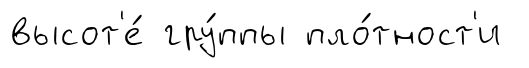
высот'е́ гру́ппы пло́тност'и